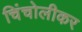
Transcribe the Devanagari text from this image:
चिंचोलीकर